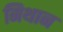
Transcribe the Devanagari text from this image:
मिथान